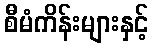
စီမံကိန်းများနှင့်